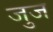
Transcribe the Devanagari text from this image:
जुज